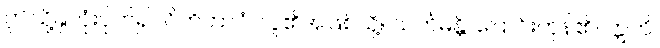
ဤသို့နှလုံးပိုက်၍။ ဂိဟိဘာဝံ၊ လူ၏အဖြစ်သို့။ သင်္ကမန္တိ၊ ပြောင်းကုန်၏။ ဣတိ၊